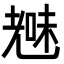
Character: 𮋞